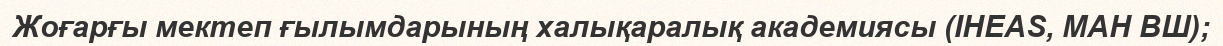
Жоғарғы мектеп ғылымдарының халықаралық академиясы (IHEAS, МАН ВШ);